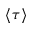
\langle \tau \rangle